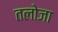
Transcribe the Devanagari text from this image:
तलोजा